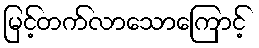
မြင့်တက်လာသောကြောင့်